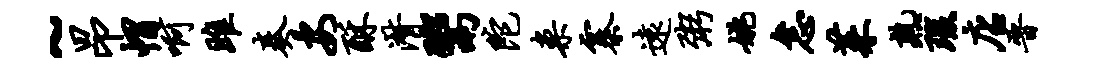
~昂帽啊雎奏安酥潸鬻陀案寨远粥姚怠茱熟瑕店晋